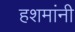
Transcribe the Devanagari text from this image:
हशमांनी